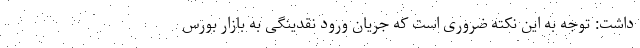
داشت: توجه به این نکته ضروری است که جریان ورود نقدینگی به بازار بورس